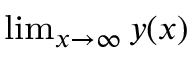
\scriptstyle \operatorname* { l i m } _ { x \to \infty } y ( x )